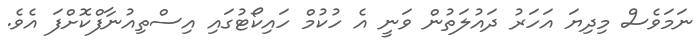
ނަމަވެސް މިދިޔަ އަހަރު ދައުލަތުން ވަނީ އެ ހުކުމް ހައިކޯޓުގައި އިސްތިއުނާފްކޮށްފަ އެވެ.